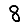
Digit: 8